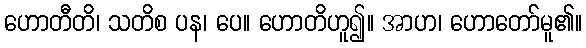
ဟောတီတိ၊ သတိစ ပန၊ ပေ။ ဟောတိဟူ၍။ အာဟ၊ ဟောတော်မူ၏။